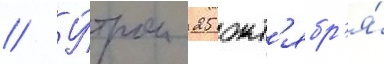
// У́тром 25 окт'ябр'я́